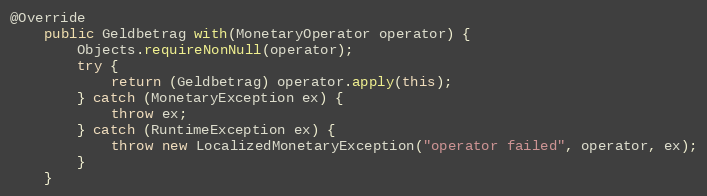
Language: Java
@Override
    public Geldbetrag with(MonetaryOperator operator) {
        Objects.requireNonNull(operator);
        try {
            return (Geldbetrag) operator.apply(this);
        } catch (MonetaryException ex) {
            throw ex;
        } catch (RuntimeException ex) {
            throw new LocalizedMonetaryException("operator failed", operator, ex);
        }
    }